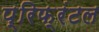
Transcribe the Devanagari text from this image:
प्रिफ्रंटल